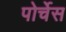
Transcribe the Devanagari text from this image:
पोर्चेस